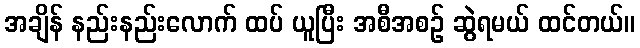
အချိန် နည်းနည်းလောက် ထပ် ယူပြီး အစီအစဉ် ဆွဲရမယ် ထင်တယ်။